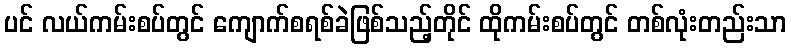
ပင် လယ်ကမ်းစပ်တွင် ကျောက်စရစ်ခဲဖြစ်သည့်တိုင် ထိုကမ်းစပ်တွင် တစ်လုံးတည်းသာ